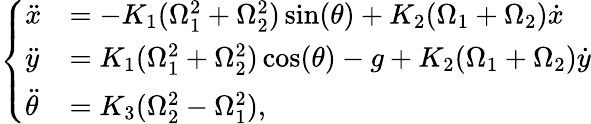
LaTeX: \left\{ \begin{array}{ll}{\ddot{x}}&{=-K_{1}(\Omega_{1}^{2}+\Omega_{2}^{2})\sin(\theta)+K_{2}(\Omega_{1}+\Omega_{2})\dot{x}}\\ {\ddot{y}}&{=K_{1}(\Omega_{1}^{2}+\Omega_{2}^{2})\cos(\theta)-g+K_{2}(\Omega_{1}+\Omega_{2})\dot{y}}\\ {\ddot{\theta}}&{=K_{3}(\Omega_{2}^{2}-\Omega_{1}^{2}),}\end{array}\right.